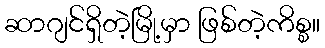
ဆာဂျင်ရှိတဲ့မြို့မှာ ဖြစ်တဲ့ကိစ္စ။